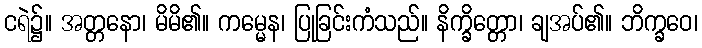
ငရဲ၌။ အတ္တနော၊ မိမိ၏။ ကမ္မေန၊ ပြုခြင်းကံသည်။ နိက္ခိတ္တော၊ ချအပ်၏။ ဘိက္ခဝေ၊